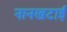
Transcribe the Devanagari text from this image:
नानखटाई